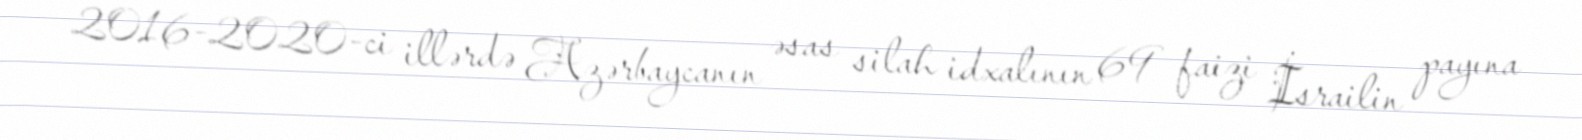
2016-2020-ci illərdə Azərbaycanın əsas silah idxalının 69 faizi İsrailin payına